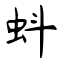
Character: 蚪